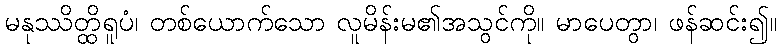
မနုဿိတ္ထိရူပံ၊ တစ်ယောက်သော လူမိန်းမ၏အသွင်ကို။ မာပေတွာ၊ ဖန်ဆင်း၍။